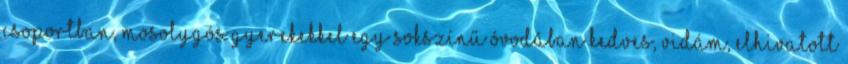
csoportban, mosolygós gyerekekkel egy sokszínű óvodában kedves, vidám, elhivatott